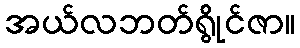
အယ်လဘတ်ရွိုင်ဇာ။